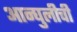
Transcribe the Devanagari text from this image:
आन्घुलीची